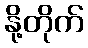
နို့တိုက်